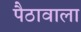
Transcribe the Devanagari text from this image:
पैठावाला